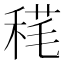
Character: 𥟪